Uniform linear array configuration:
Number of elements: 32
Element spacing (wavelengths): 0.5
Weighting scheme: uniform
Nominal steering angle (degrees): -15
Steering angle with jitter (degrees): -16.544
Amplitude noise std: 0.05
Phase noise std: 0.05

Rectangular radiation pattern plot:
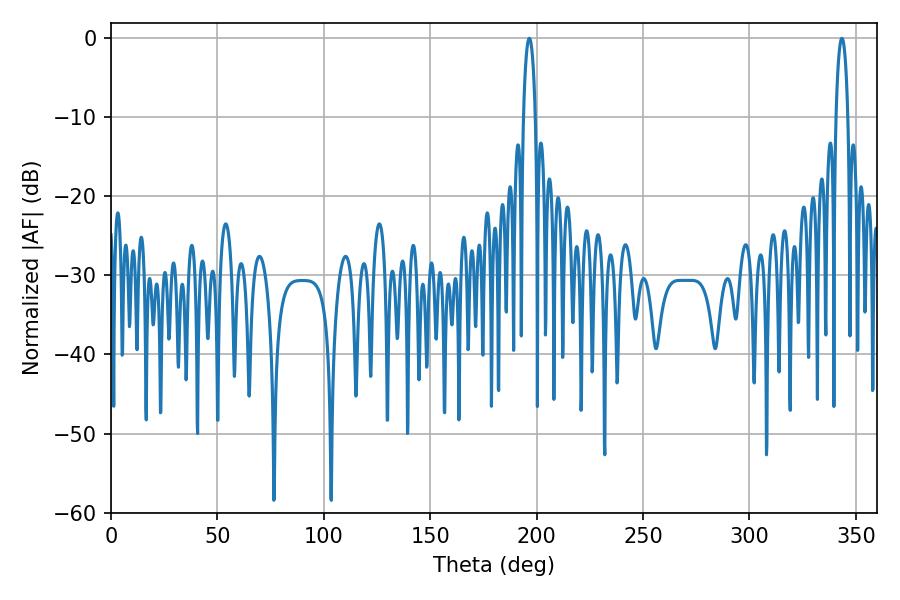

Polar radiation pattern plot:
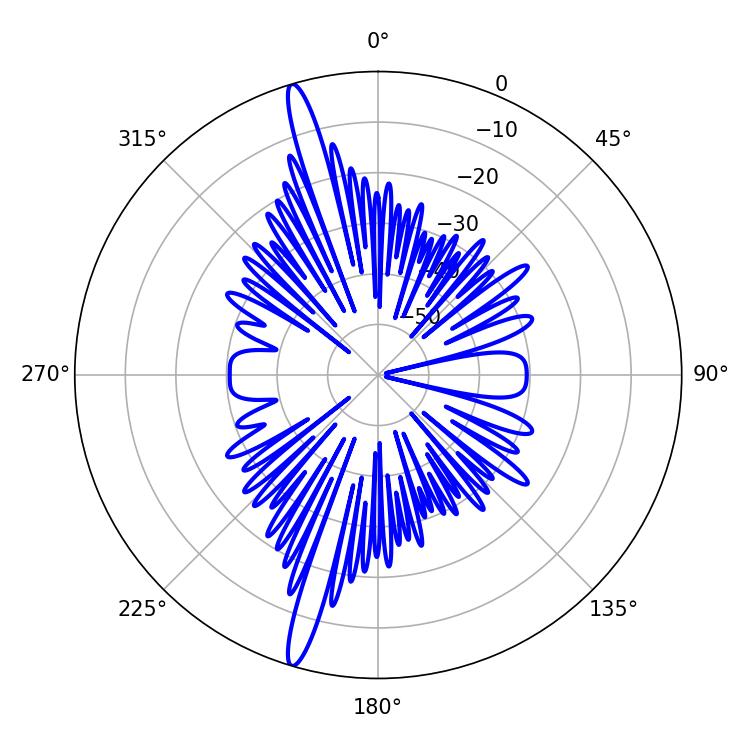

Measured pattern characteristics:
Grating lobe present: FALSE
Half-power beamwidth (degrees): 3.24
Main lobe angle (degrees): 196.56